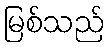
မြစ်သည်